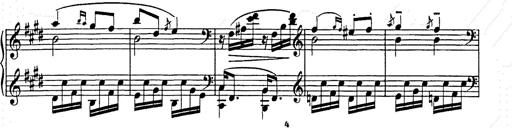
Title: Hungarian Rhapsody No.9
Composer: Franz Liszt
Key: E-flat major